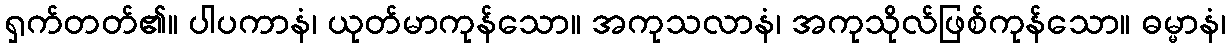
ရှက်တတ်၏။ ပါပကာနံ၊ ယုတ်မာကုန်သော။ အကုသလာနံ၊ အကုသိုလ်ဖြစ်ကုန်သော။ ဓမ္မာနံ၊